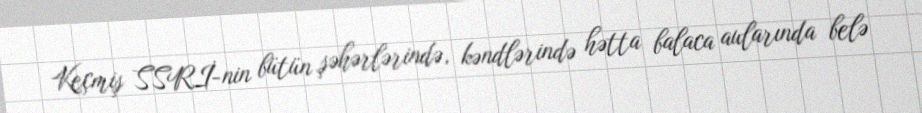
Keçmiş SSRİ-nin bütün şəhərlərində, kəndlərində hətta balaca aularında belə